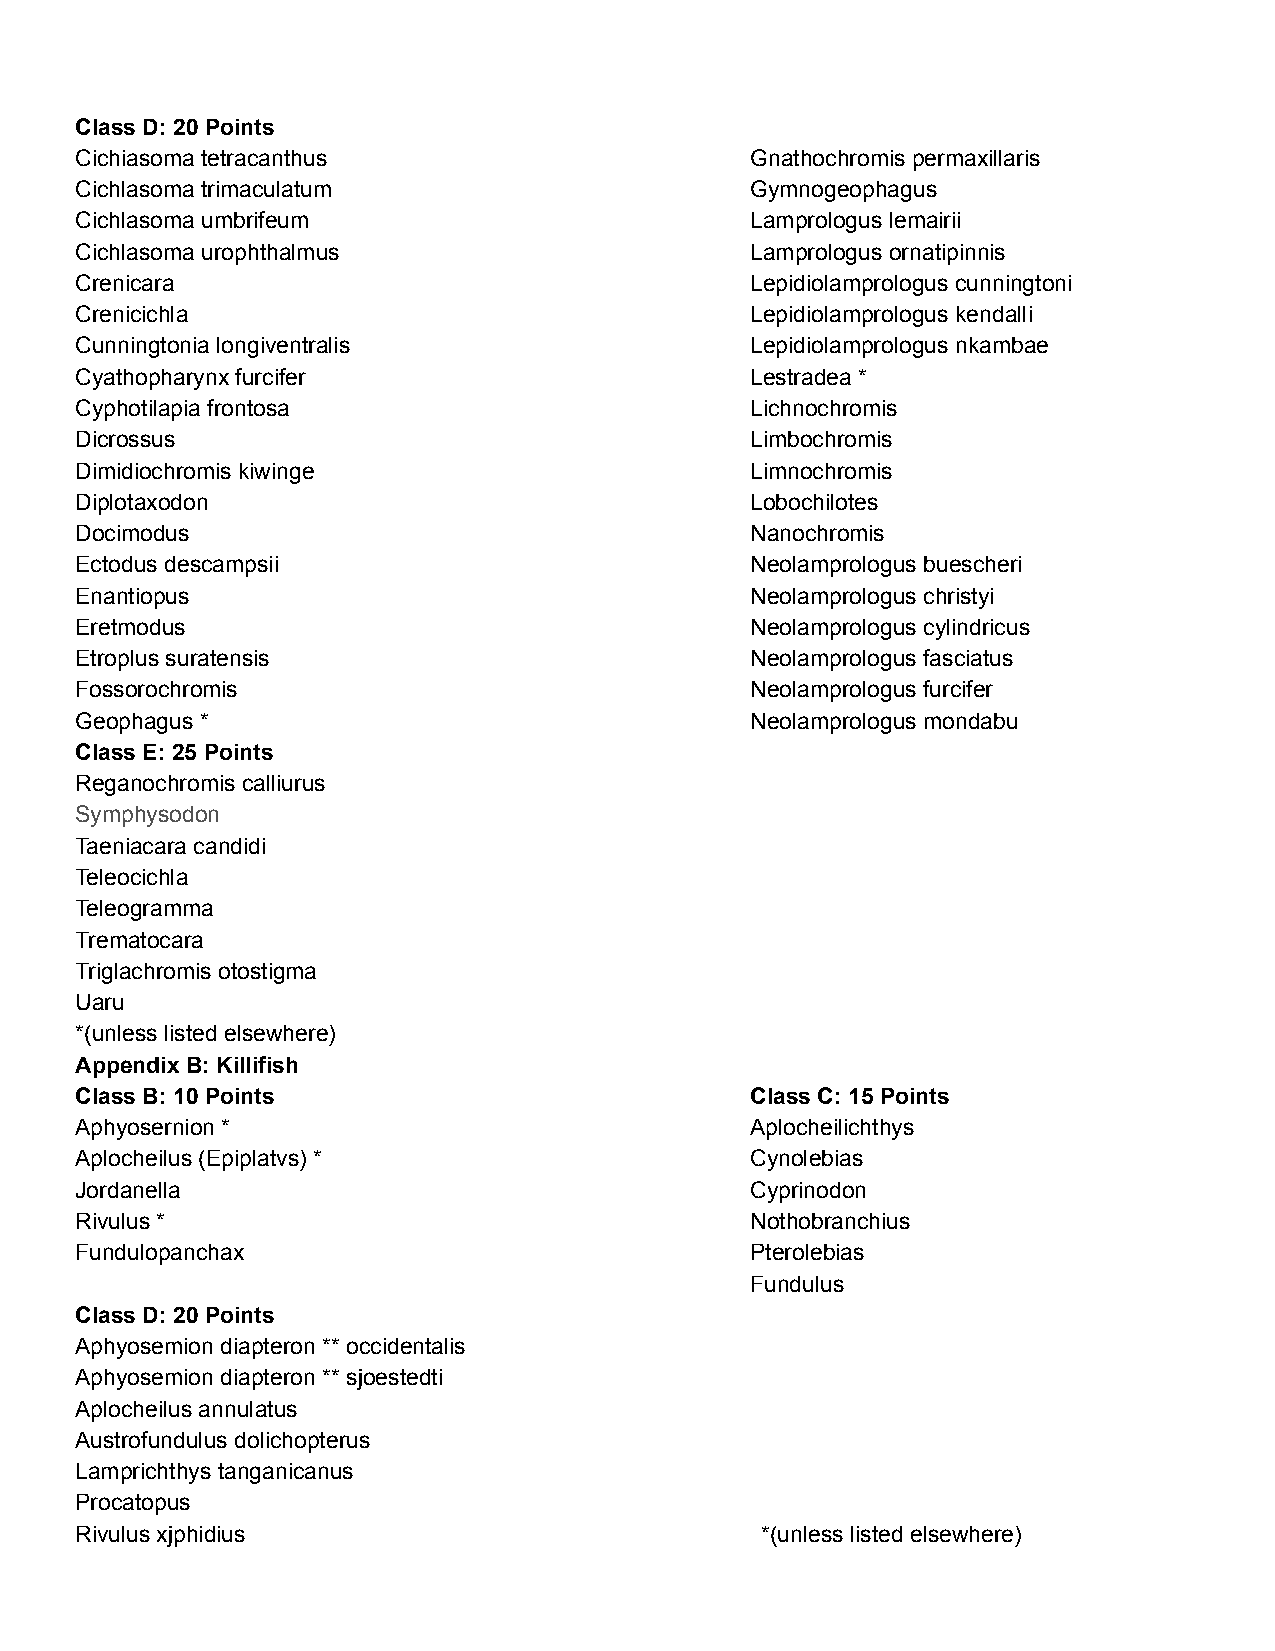
Class D: 20 Points
 Cichiasoma tetracanthus                      Gnathochromis permaxillaris
 Cichlasoma trimaculatum                      Gymnogeophagus
 Cichlasoma umbrifeum                         Lamprologus lemairii
 Cichlasoma urophthalmus                      Lamprologus ornatipinnis
 Crenicara                                    Lepidiolamprologus cunningtoni
 Crenicichla                                  Lepidiolamprologus kendalli
 Cunningtonia longiventralis                  Lepidiolamprologus nkambae
 Cyathopharynx furcifer                       Lestradea *
 Cyphotilapia frontosa                        Lichnochromis
 Dicrossus                                    Limbochromis
 Dimidiochromis kiwinge                       Limnochromis
 Diplotaxodon                                 Lobochilotes
 Docimodus                                    Nanochromis
 Ectodus descampsii                           Neolamprologus buescheri
 Enantiopus                                   Neolamprologus christyi
 Eretmodus                                    Neolamprologus cylindricus
 Etroplus suratensis                          Neolamprologus fasciatus
 Fossorochromis                               Neolamprologus furcifer
 Geophagus *                                  Neolamprologus mondabu
 Class E: 25 Points
 Reganochromis calliurus
 Symphysodon
 Taeniacara candidi
 Teleocichla
 Teleogramma
 Trematocara
 Triglachromis otostigma
 Uaru
 *(unless listed elsewhere)
 Appendix B: Killifish
 Class B: 10 Points                           Class C: 15 Points
 Aphyosernion *                               Aplocheilichthys
 Aplocheilus (Epiplatvs) *                    Cynolebias
 Jordanella                                   Cyprinodon
 Rivulus *                                    Nothobranchius
 Fundulopanchax                               Pterolebias
 Fundulus
 Class D: 20 Points
 Aphyosemion diapteron ** occidentalis
 Aphyosemion diapteron ** sjoestedti
 Aplocheilus annulatus
 Austrofundulus dolichopterus
 Lamprichthys tanganicanus
 Procatopus
 Rivulus xjphidius                            *(unless listed elsewhere)